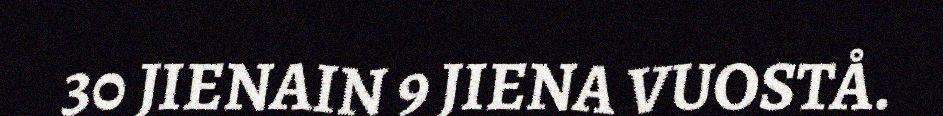
30 JIENAIN 9 JIENA VUOSTÅ.